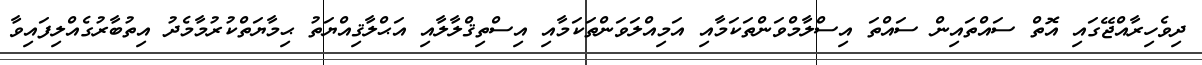
ދިވެހިރާއްޖޭގައި އޮތް ސައްތައިން ސައްތަ އިސްލާމްވަންތަކަމާއި އަމިއްލަވަންތަކަމާއި އިސްތިޤްލާލާއި އަޙްލާޤިއްޔަތު ޙިމާޔަތްކުރުމާމެދު އިތުބާރުގެއްލިފައިވާ